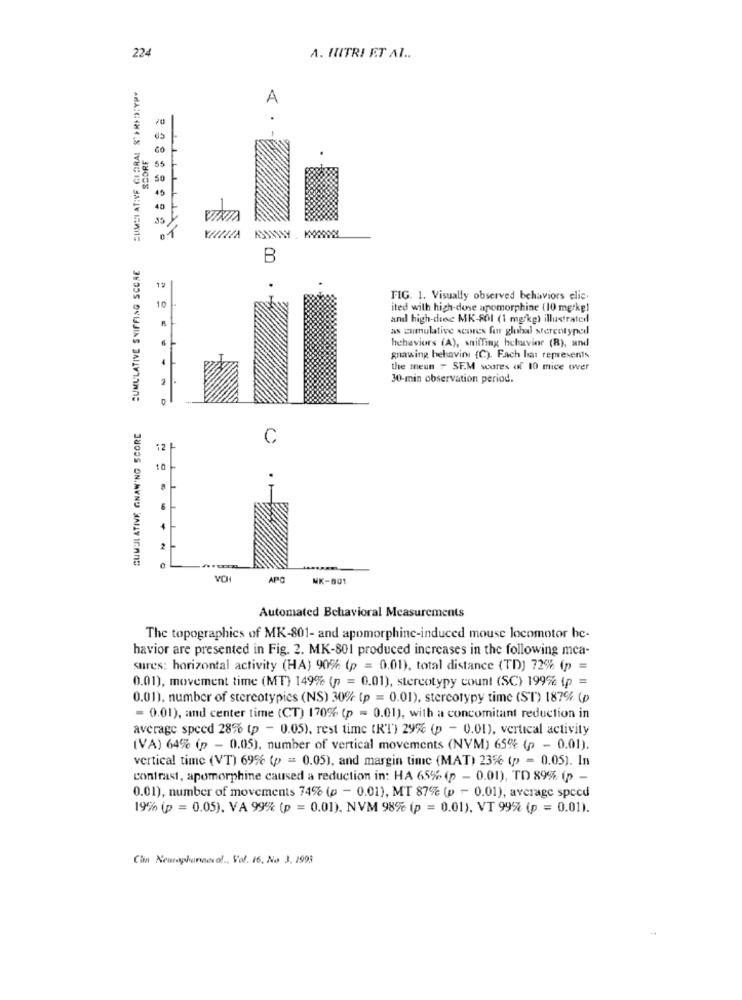
224
A. HUITRI ET Al ..
SUMII ATIVE GIBRAL S'PRID:YPY
A
AXTTTTTT
SCORE
GO
VINTA
CUMULATIVE SNIFFING SCORE
B
12
10
FIG. 1. Visually observed behaviors elic.
ited with high-dose apomorphine (10 mg/kg)
and high-desc MK-801 (1 mg/kg) illustrated
as cumulative scores fur global serentyned
behaviors (A), sniffing behavior (B), and
gnawing behavini (C). Fach Isa represents
the meun - SEM soares of 10 mice over
30-min observation period.
CUMULATIVE GNAW'NG SCORE
C
12 +
10
2
VON
APC
MK-001
Automated Behavioral Measurements
The topographics of MK-801- and apomorphine-induced mouse locomotor he-
havior are presented in Fig. 2. MK-801 produced increases in the following mca-
sures: horizontal activity (HA) 90% (p = 0.01), total distance (TD) 72% (p =
0.01), movement time (MT) 149% (p = 0.01), stereotypy count (SC) 199% (p =
0.01), number of stereotypics (NS) 30% (p = 0.01), stereotypy time (ST) 187% (p
= 0.01), and center time (CT) 170% (p = 0.01), with a concomitant reduction in
average speed 28% (p - 0.05), rest time (RI) 29% (p - 0.01), vertical activity
(VA) 64% (p - 0.05). number of vertical movements (NYM) 65% (p - 0.01).
vertical time (VT) 69% (p = 0.05), and margin time (MAT) 23% (p = 0.05). In
contrast, apomorphine caused a reduction in: HA 65% (p - 0.01), TD 89% (p -
0.01), number of movements 74% (p - 0.01), MT 87% (p - 0.01), average speed
19% (p = 0.05). VA 99% (p = 0.01). NVM 98% (p = 0.01). VT 99% (p = 0.01).
Cin Newrapharcol ., Vol. 16, No 3, 1993